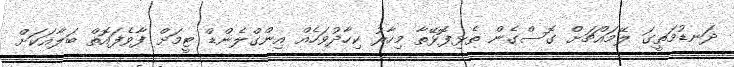
ދަނޑުމަތީގަ ލޭމައްޗަށް ގޮސްގެން ތެޅިފޮޅޭތާ މިހާރު ކިހާދުވަހެއް އިންގްލެންޑް ޓީމަށް ފާވެފައޮތް ބަލާއަކަށް